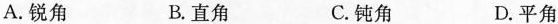
A.锐角 B.直角 C.钝角 D.平角